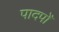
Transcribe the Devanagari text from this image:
पादपोँ